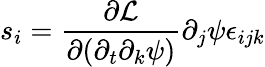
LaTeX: s_{i}=\frac{\partial\mathcal{L}}{\partial(\partial_{t}\partial_{k}\psi)}\partial_{j}\psi\epsilon_{ijk}